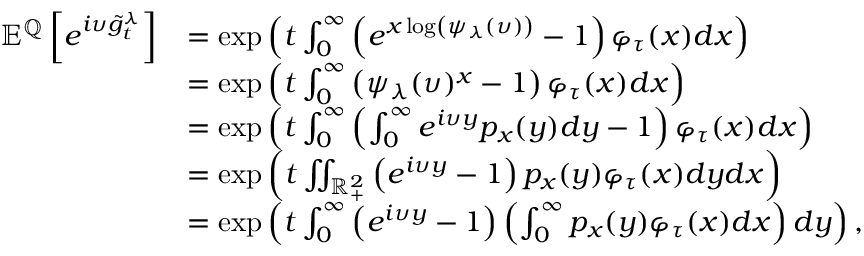
\begin{array} { r l } { { \mathbb E } ^ { { \mathbb Q } } \left[ e ^ { i \upsilon \tilde { g } _ { t } ^ { \lambda } } \right] } & { = \exp \left( t \int _ { 0 } ^ { \infty } \left( e ^ { x \log \left( \psi _ { \lambda } ( \upsilon ) \right) } - 1 \right) \varphi _ { \tau } ( x ) d x \right) } \\ & { = \exp \left( t \int _ { 0 } ^ { \infty } \left( \psi _ { \lambda } ( \upsilon ) ^ { x } - 1 \right) \varphi _ { \tau } ( x ) d x \right) } \\ & { = \exp \left( t \int _ { 0 } ^ { \infty } \left( \int _ { 0 } ^ { \infty } e ^ { i \upsilon y } p _ { x } ( y ) d y - 1 \right) \varphi _ { \tau } ( x ) d x \right) } \\ & { = \exp \left( t \iint _ { { \mathbb R } _ { + } ^ { 2 } } \left( e ^ { i \upsilon y } - 1 \right) p _ { x } ( y ) \varphi _ { \tau } ( x ) d y d x \right) } \\ & { = \exp \left( t \int _ { 0 } ^ { \infty } \left( e ^ { i \upsilon y } - 1 \right) \left( \int _ { 0 } ^ { \infty } p _ { x } ( y ) \varphi _ { \tau } ( x ) d x \right) d y \right) , } \end{array}